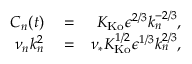
\begin{array} { r l r } { C _ { n } ( t ) } & { { } = } & { K _ { \mathrm { K o } } \epsilon ^ { 2 / 3 } k _ { n } ^ { - 2 / 3 } , } \\ { \nu _ { n } k _ { n } ^ { 2 } } & { { } = } & { \nu _ { * } K _ { \mathrm { K o } } ^ { 1 / 2 } \epsilon ^ { 1 / 3 } k _ { n } ^ { 2 / 3 } , } \end{array}